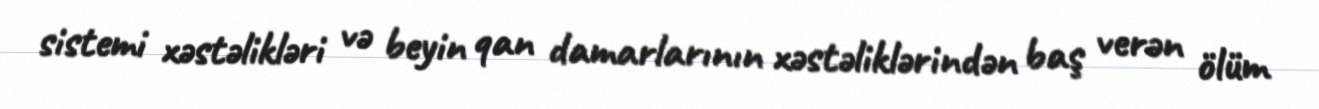
sistemi xəstəlikləri və beyin qan damarlarının xəstəliklərindən baş verən ölüm